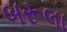
બરૂલા